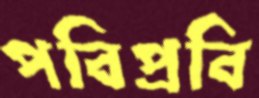
পবিপ্রবি